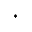
^ { * }